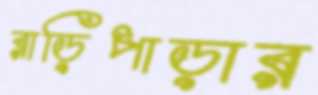
রাড়িপাড়ার